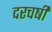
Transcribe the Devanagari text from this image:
दरचर्षी